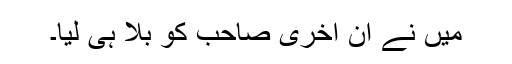
میں نے ان آخری صاحب کو بلا ہی لیا۔